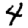
Digit: 4